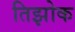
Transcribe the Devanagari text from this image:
तिझोक